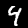
Label: 4